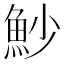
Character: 魦